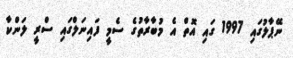
ނޭޕާލުގައި 1997 ގައި އޮތް އެ މުބާރާތުގެ ސެމީ ފައިނަލްގައި ސްރީ ލަންކާ